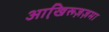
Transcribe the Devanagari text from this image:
आखि़रूज़ज़मा